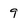
Character: 9